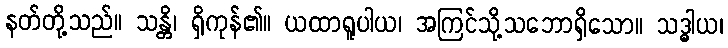
နတ်တို့သည်။ သန္တိ၊ ရှိကုန်၏။ ယထာရူပါယ၊ အကြင်သို့သဘောရှိသော။ သဒ္ဓါယ၊